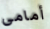
أمامى